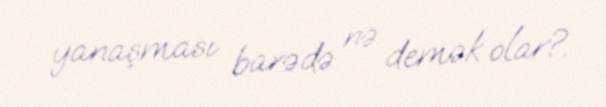
yanaşması barədə nə demək olar?.